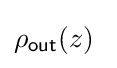
\rho _{\mathsf {out}}(z)\